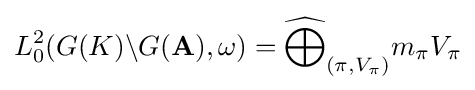
L_{0}^{2}(G(K)\backslash G(\mathbf {A} ),\omega )={\widehat {\bigoplus }}_{(\pi ,V_{\pi })}m_{\pi }V_{\pi }